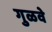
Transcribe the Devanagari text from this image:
गुळवे